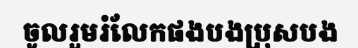
ចូលរួមរំលែកផងបងប្រុសបង